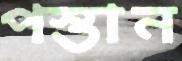
পস্তান